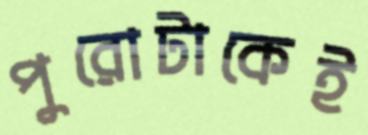
পুরোটাকেই